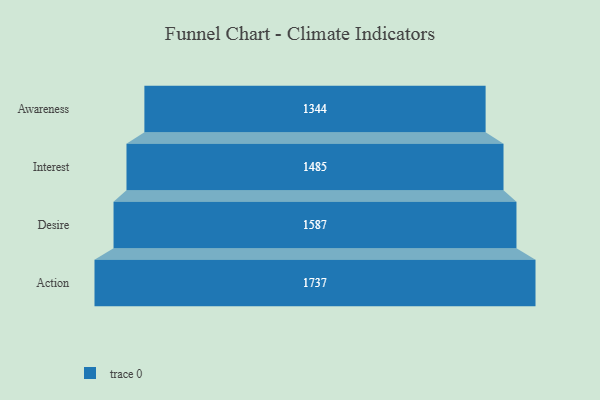
{"axis": {"x": "Stage", "y": "Value"}, "legend": [""], "data": [{"x": "Awareness", "y": 1344.0, "type": ""}, {"x": "Interest", "y": 1485.0, "type": ""}, {"x": "Desire", "y": 1587.0, "type": ""}, {"x": "Action", "y": 1737.0, "type": ""}]}